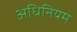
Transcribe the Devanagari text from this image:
अधिनियम